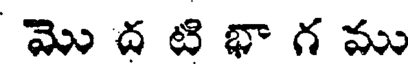
మొ ద టి భా గ ము